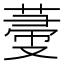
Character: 𦵲